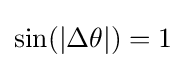
\sin(|\Delta \theta |)=1